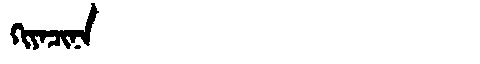
Manchu: ᡴᡳᠶᠠᠴᡳᠨᠠ
Romanization: KIYACINA